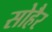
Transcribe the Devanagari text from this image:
सोहैर